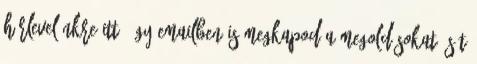
hírlevelünkre itt, így emailben is megkapod a megoldásokat, sőt